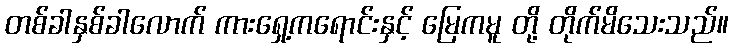
တစ်ခါနှစ်ခါလောက် ကားရှေ့ကရောင်းနှင့် မြေကမူ တို့ တိုက်မိသေးသည်။